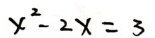
x ^ { 2 } - 2 x = 3